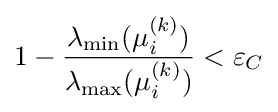
1-{\frac {\lambda _{\min }(\mu _{i}^{(k)})}{\lambda _{\max }(\mu _{i}^{(k)})}}<\varepsilon _{C}